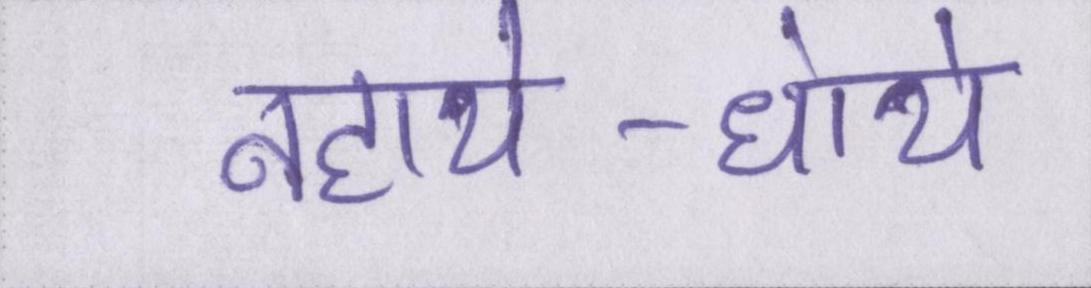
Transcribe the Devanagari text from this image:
नहाये-धोये